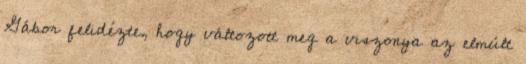
Gábor felidézte, hogy változott meg a viszonya az elmúlt